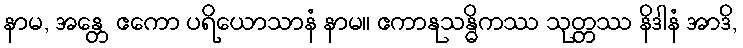
နာမ, အန္တေ ဧကော ပရိယောသာနံ နာမ။ ဧကာနုသန္ဓိကဿ သုတ္တဿ နိဒါနံ အာဒိ,